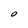
Character: 0